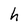
Character: h